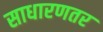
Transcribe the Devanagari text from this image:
साधारणतर